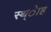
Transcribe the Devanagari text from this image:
स्थ्ेाह